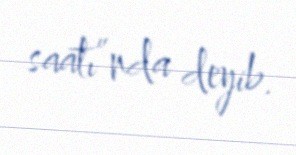
saatı”nda deyib.